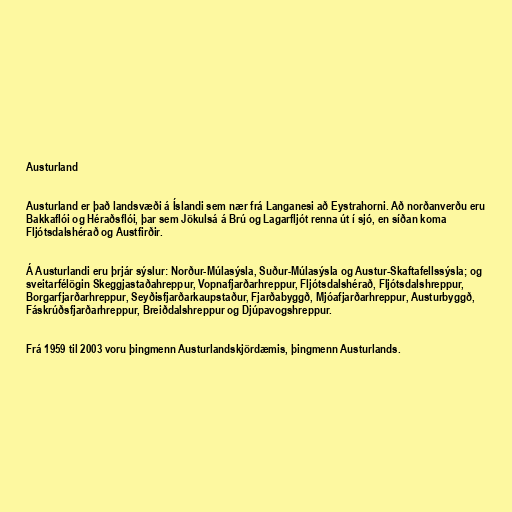
Austurland

Austurland er það landsvæði á Íslandi sem nær frá Langanesi að Eystrahorni. Að norðanverðu eru
Bakkaflói og Héraðsflói, þar sem Jökulsá á Brú og Lagarfljót renna út í sjó, en síðan koma
Fljótsdalshérað og Austfirðir.

Á Austurlandi eru þrjár sýslur: Norður-Múlasýsla, Suður-Múlasýsla og Austur-Skaftafellssýsla; og
sveitarfélögin Skeggjastaðahreppur, Vopnafjarðarhreppur, Fljótsdalshérað, Fljótsdalshreppur,
Borgarfjarðarhreppur, Seyðisfjarðarkaupstaður, Fjarðabyggð, Mjóafjarðarhreppur, Austurbyggð,
Fáskrúðsfjarðarhreppur, Breiðdalshreppur og Djúpavogshreppur.

Frá 1959 til 2003 voru þingmenn Austurlandskjördæmis, þingmenn Austurlands.